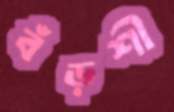
বঁড়শী